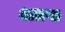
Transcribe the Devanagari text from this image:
अतप्त